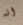
انه